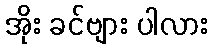
အိုး ခင်ဗျား ပါလား